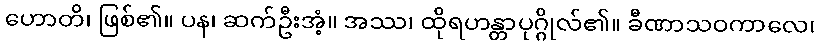
ဟောတိ၊ ဖြစ်၏။ ပန၊ ဆက်ဦးအံ့။ အဿ၊ ထိုရဟန္တာပုဂ္ဂိုလ်၏။ ခီဏာသဝကာလေ၊